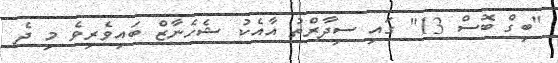
"ބިގް ބޮސް 13" ގައި ސިދާރްތު އާއެކު ޝެހެނާޒް ބައިވެރިވެ މި ދެ